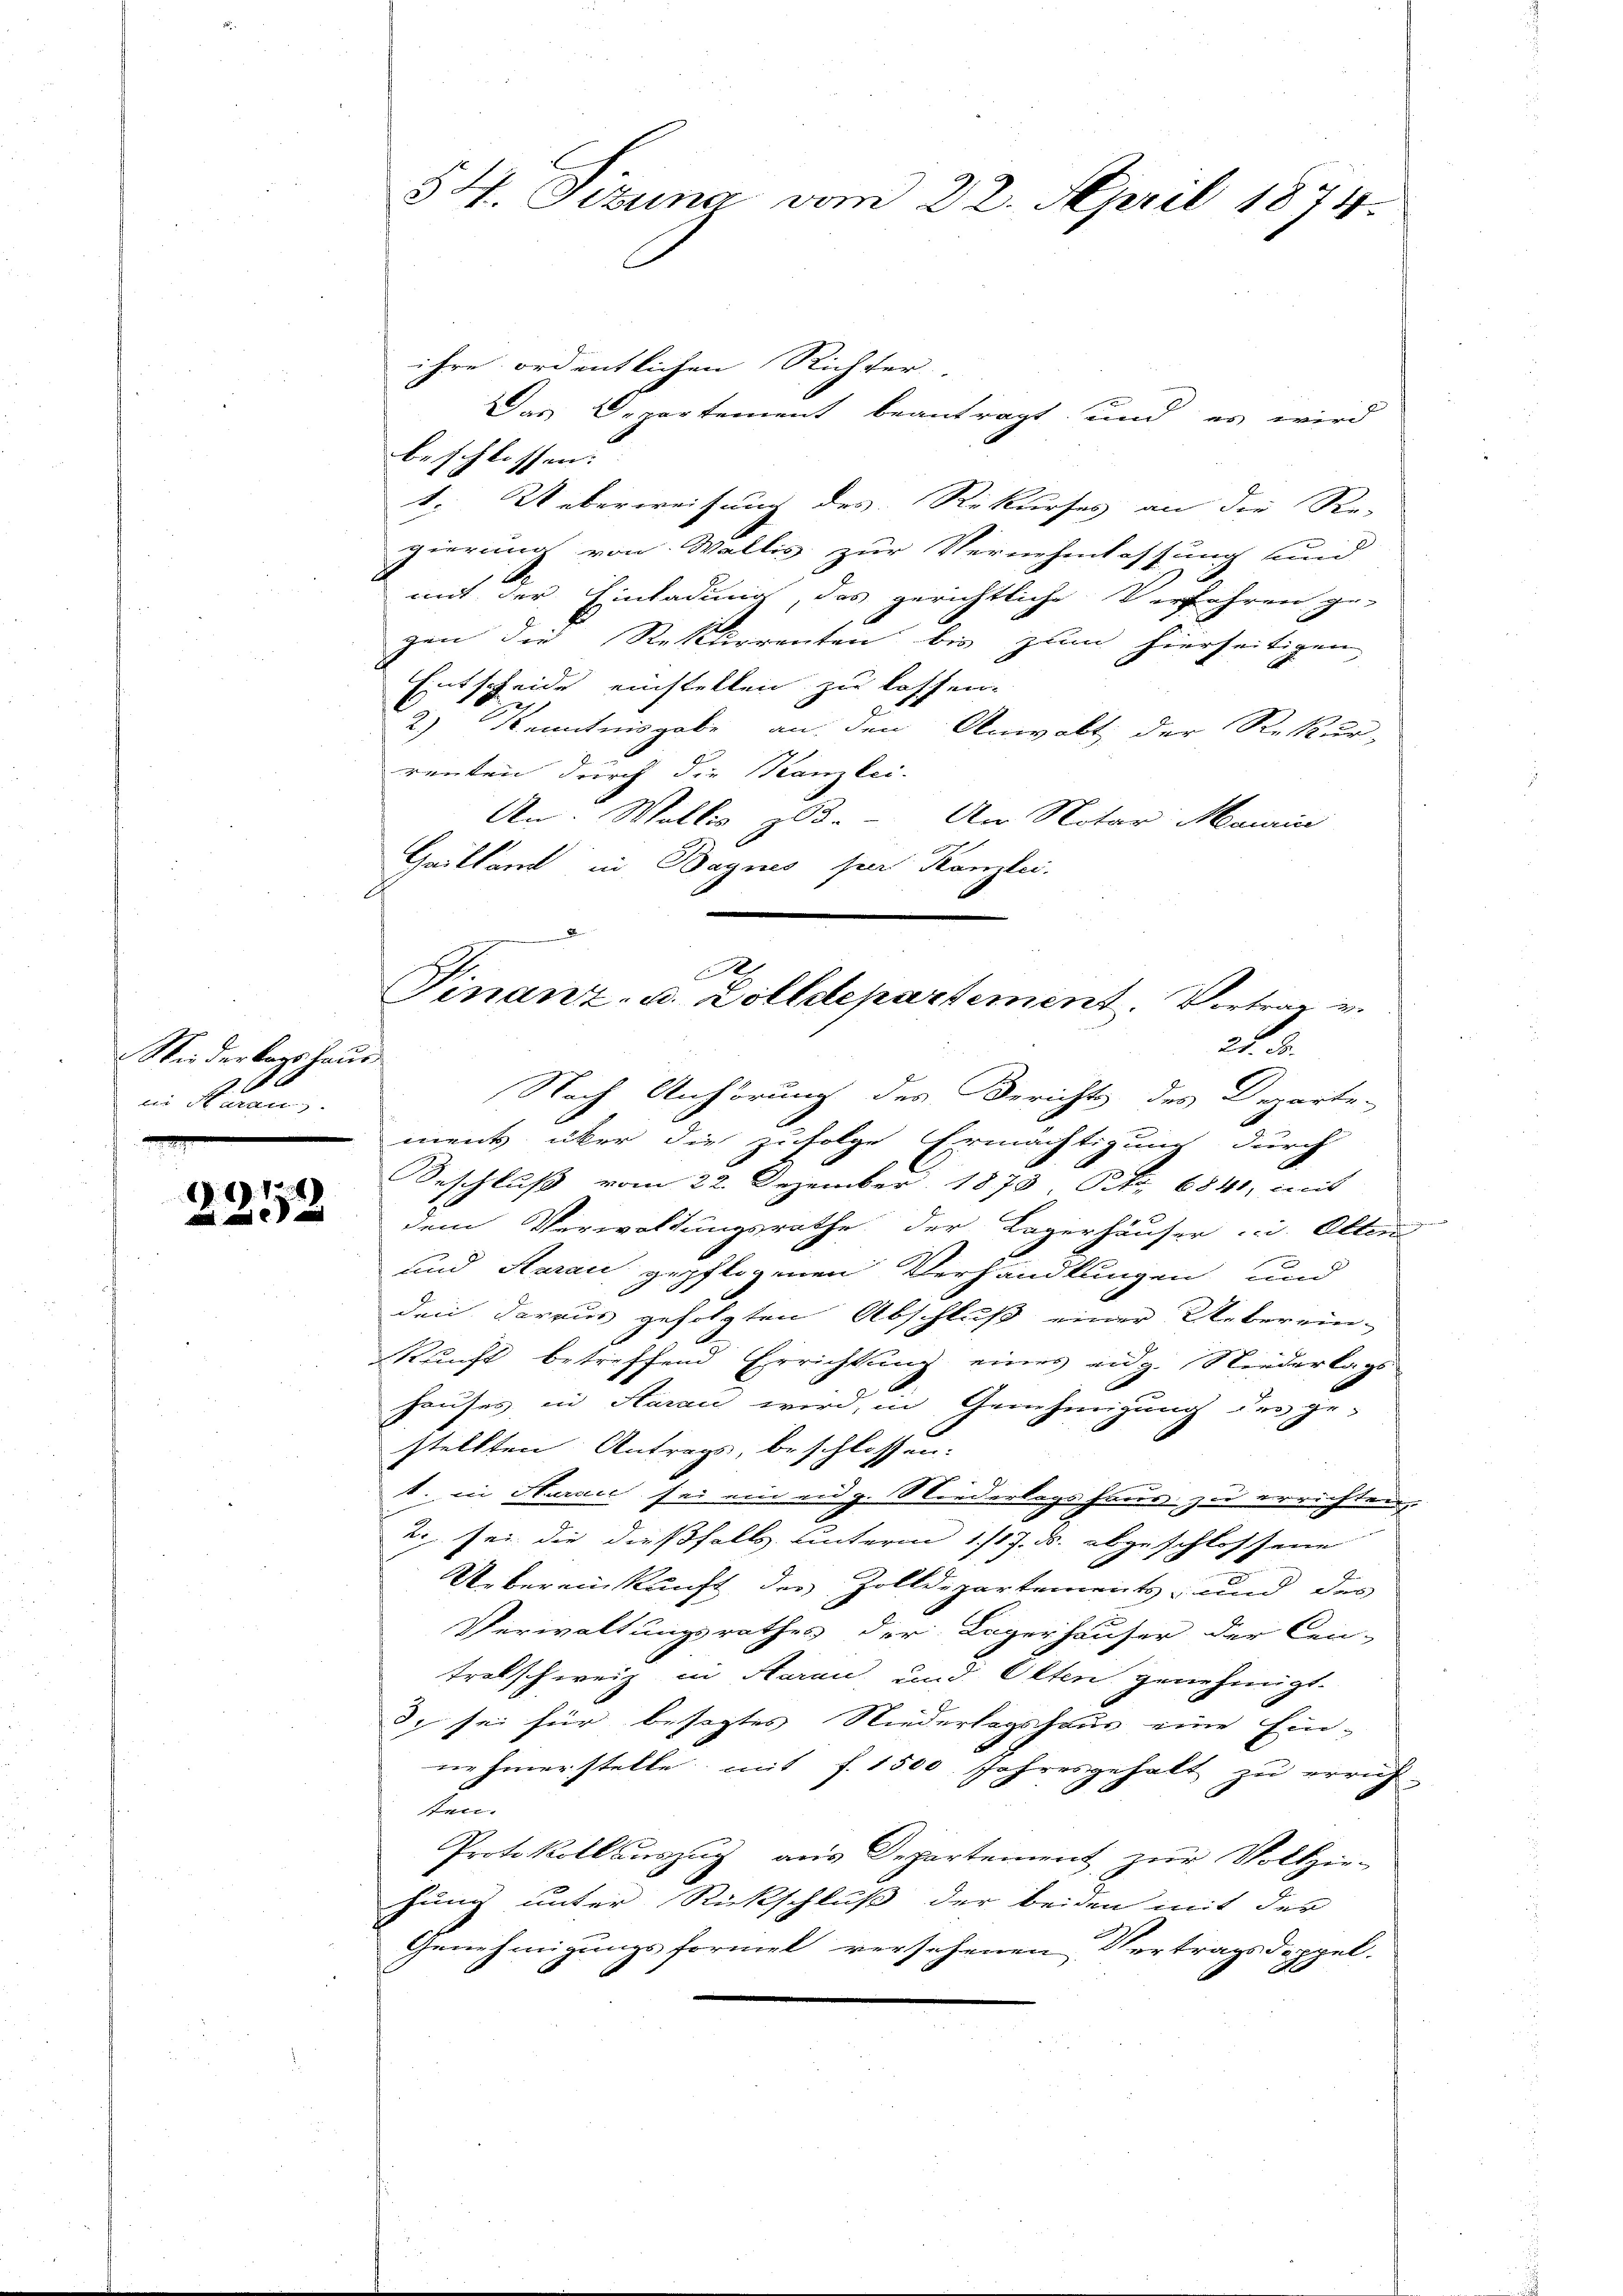
Nieder Tagshaus
bii saran,

1. 19. 178

§ 4. Tizuna vom 22. April 1874.

ihre ordentlichen Richter.
Das Departement beantragt und es wird
beschlossen. |
1. Ueberweisung des Rekurses an die Re-
gierung von Wallis zur Vernehmlassung und
mit der Einladung des gerichtliche Verfahren ge-
gen die Rekurrenten bis zum hierseitigen
Entscheide einstellen zu lassen.
2) Kenntnisgabe an den Anwalt der Rekur-
renten durch die Kanzlei-
An: Wollis 305. - Am Notar Mauric
Gaillant in Bagnes sein Kanzlei.

A
Finanz- u. Zolldepartement. Vortrag u.
2

Nach Anhörung des Berichts des Departe-
ment über die zufolge Ermächtigung durch
Beschluß vom 22. Dezember 1873, S. 6841, mit
dem Verwaltungsrathe der Lagerhäuser u. Otten
und Aarau gepflogenen Verhandlungen und
den daraus gefolgten Abschluß einer Ueberein-
Kunft betreffend Errichtung eines eidg. Niederlags
hauses in Aarau wird, in Genehmigung des ge-
stellten Antrags, beschlossen:
1. in Saran sei ein eng. Niederlagshaus zu errichten
2 sei, die dießfalls unterm 1/17. d. abgeschlossene
Uebereinkunft der Zolldepartements- und des
Verwaltungsrathes der Lagerhäuser der Cen-
tralschweiz in Aarau und Olten genehmigt.
 sei für besagtes Niederlagshaus eine Ein-
ne hinerstelle, mit f. 1500 Jahresgehalt zu errich-
Lun
Protokoll auszug aus Departement zur Vollzie-
hung unter Rückschluß der beiden mit der
Genehmigungsformel versehenen Vertragsdoppel-